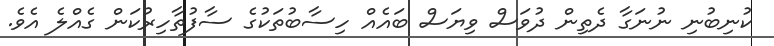
ކުނިބުނި ނުނަގާ ދެތިން ދުވަސް ވިޔަސް ބައެއް ހިސާބުތަކުގެ ސާފުތާހިރުކަން ގެއްލެ އެވެ.